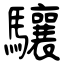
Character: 驤